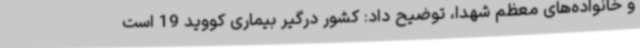
و خانواده‌های معظم شهدا، توضیح داد: کشور درگیر بیماری کووید 19 است